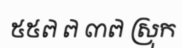
៥៥៧ ៧ ៣៧ ស្រុក